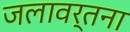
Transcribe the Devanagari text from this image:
जलावर्तना